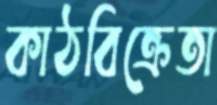
কাঠবিক্রেতা